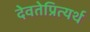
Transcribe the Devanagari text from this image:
देवतेप्रित्यर्थ